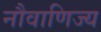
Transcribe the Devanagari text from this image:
नौवाणिज्य